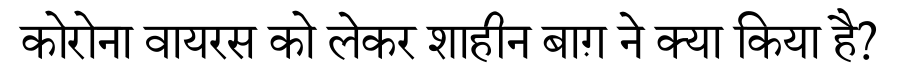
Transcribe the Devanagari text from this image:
कोरोना वायरस को लेकर शाहीन बाग़ ने क्या किया है?